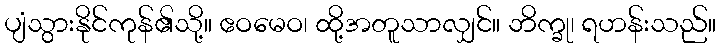
ပျံသွားနိုင်ကုန်၏သို့။ ဧဝမေဝ၊ ထို့အတူသာလျှင်။ ဘိက္ခု၊ ရဟန်းသည်။